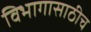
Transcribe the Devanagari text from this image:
विभागासाठीच